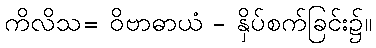
ကိလိသ= ဝိဗာဓာယံ - နှိပ်စက်ခြင်း၌။